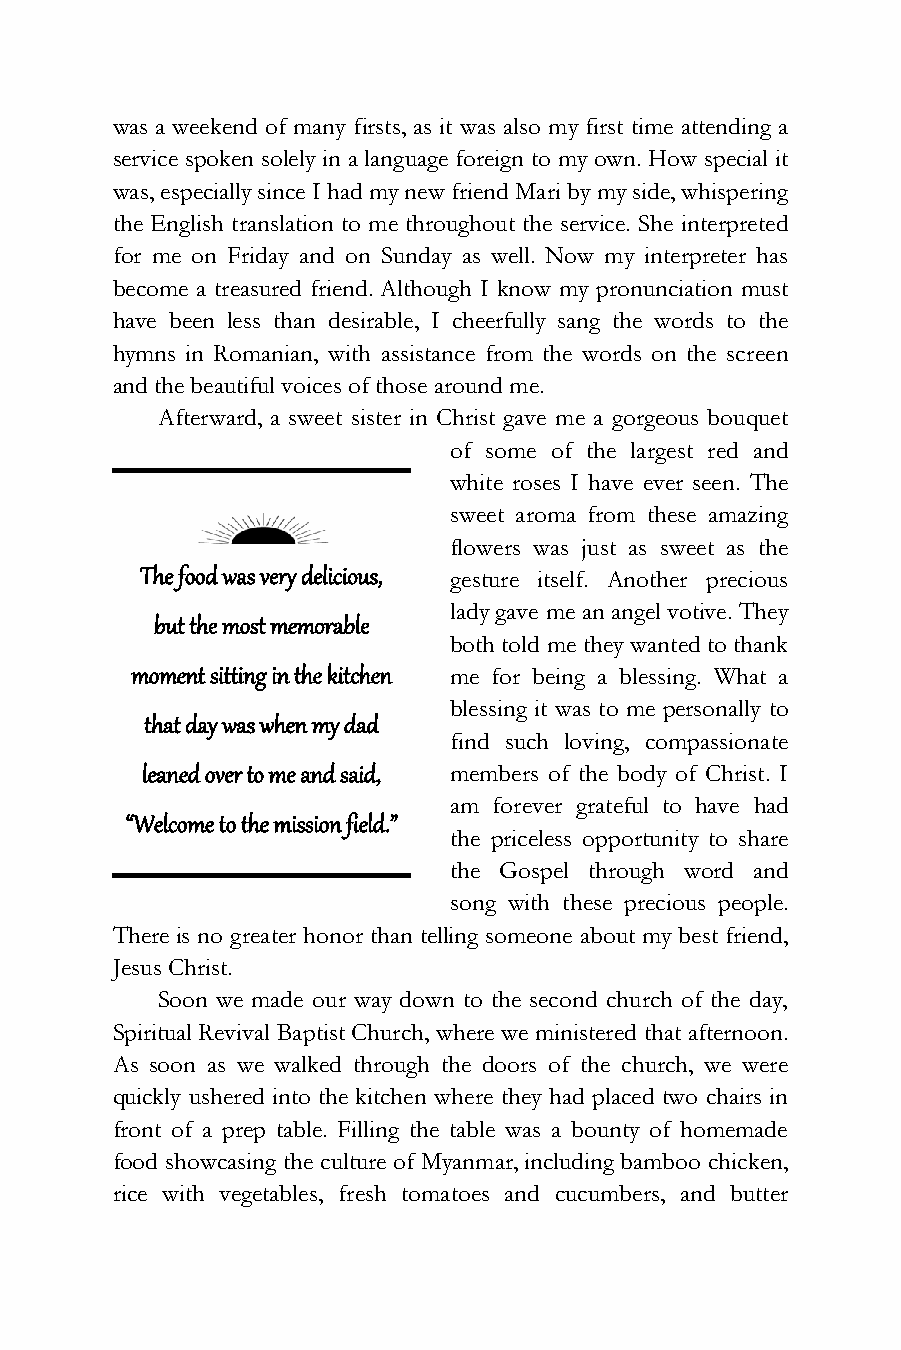
was a weekend of many firsts, as it was also my first time attending a
 service spoken solely in a language foreign to my own. How special it
 was, especially since I had my new friend Mari by my side, whispering
 the English translation to me throughout the service. She interpreted
 for me on Friday and on Sunday as well. Now my interpreter has
 become a treasured friend. Although I know my pronunciation must
 have been less than desirable, I cheerfully sang the words to the
 hymns in Romanian, with assistance from the words on the screen
 and the beautiful voices of those around me.
 Afterward, a sweet sister in Christ gave me a gorgeous bouquet
 of some of the largest red and
 white roses I have ever seen. The
 sweet aroma from these amazing
 flowers was just as sweet as the
 The food was very delicious, gesture itself. Another precious
 lady gave me an angel votive. They
 but the most memorable
 both told me they wanted to thank
 moment sitting in the kitchen me for being a blessing. What a
 blessing it was to me personally to
 that day was when my dad
 find such loving, compassionate
 leaned over to me and said, members of the body of Christ. I
 am forever grateful to have had
 “Welcome to the mission field.”
 the priceless opportunity to share
 the Gospel through word and
 song with these precious people.
 There is no greater honor than telling someone about my best friend,
 Jesus Christ.
 Soon we made our way down to the second church of the day,
 Spiritual Revival Baptist Church, where we ministered that afternoon.
 As soon as we walked through the doors of the church, we were
 quickly ushered into the kitchen where they had placed two chairs in
 front of a prep table. Filling the table was a bounty of homemade
 food showcasing the culture of Myanmar, including bamboo chicken,
 rice with vegetables, fresh tomatoes and cucumbers, and butter